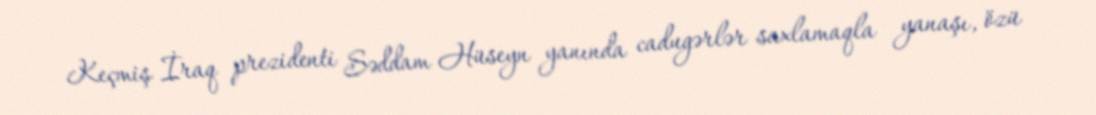
Keçmiş İraq prezidenti Səddam Hüseyn yanında cadugərlər saxlamaqla yanaşı, özü